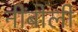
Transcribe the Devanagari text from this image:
नींबोली